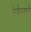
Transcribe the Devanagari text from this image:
एंजेल्सने